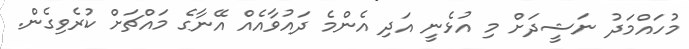
މުހައްމަދު ނަޝީދަށް މި އުޅެނީ އަދި އެންމެ ދައުވާއެއް އޭނާގެ މައްޗަށް ކުރެވިގެން.